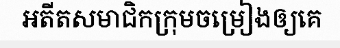
អតីតសមាជិកក្រុមចម្រៀងឲ្យគេ